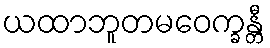
ယထာဘူတမဝေက္ခန္တီ